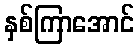
နှစ်ကြာအောင်